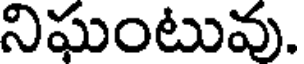
నిఘంటువు.